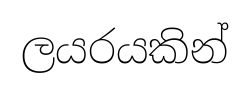
ලයරයකින්